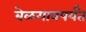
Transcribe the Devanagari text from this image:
बेळगावपर्यंत